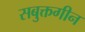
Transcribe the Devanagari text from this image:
सबुक्तगीन